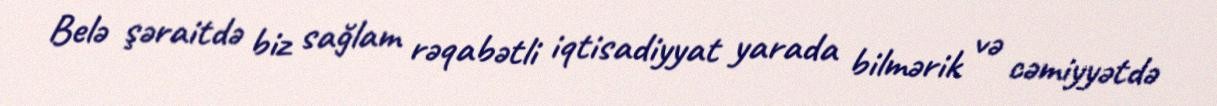
Belə şəraitdə biz sağlam rəqabətli iqtisadiyyat yarada bilmərik və cəmiyyətdə